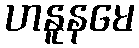
ဟနူနမေ